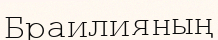
Браилияның